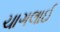
ચાગલાઈ